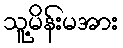
သူ့မိန်းမအား